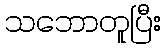
သဘောတူပြီး